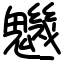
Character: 魕